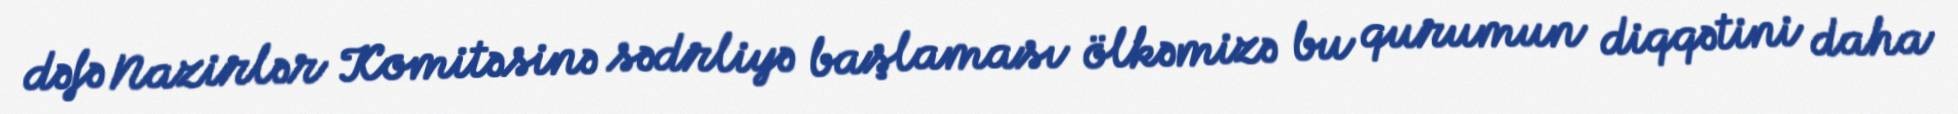
dəfə Nazirlər Komitəsinə sədrliyə başlaması ölkəmizə bu qurumun diqqətini daha